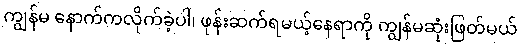
ကျွန်မ နောက်ကလိုက်ခဲ့ပါ၊ ဖုန်းဆက်ရမယ့်နေရာကို ကျွန်မဆုံးဖြတ်မယ်